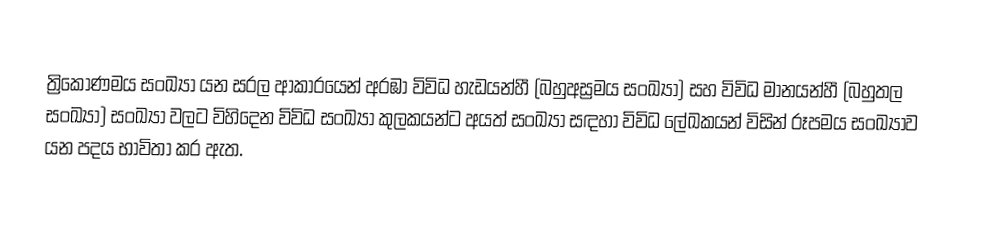
ත්‍රිකෝණමය සංඛ්‍යා යන සරල ආකාරයෙන් අරඹා විවිධ හැඩයන්හී  (බහුඅස්‍රමය සංඛ්‍යා) සහ විවිධ මානයන්හී  (බහුතල සංඛ්‍යා) සංඛ්‍යා වලට විහිදෙන විවිධ සංඛ්‍යා කුලකයන්ට අයත් සංඛ්‍යා සඳහා විවිධ ලේඛකයන් විසින් රූපමය සංඛ්‍යාව යන පදය  භාවිතා කර ඇත.